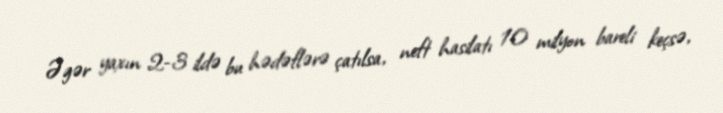
Əgər yaxın 2-3 ildə bu hədəflərə çatılsa, neft hasilatı 10 milyon bareli keçsə,